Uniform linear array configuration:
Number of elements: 4
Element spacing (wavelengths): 0.75
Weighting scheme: cosine
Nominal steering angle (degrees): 45
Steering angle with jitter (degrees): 45.962
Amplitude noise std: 0.05
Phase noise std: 0.05

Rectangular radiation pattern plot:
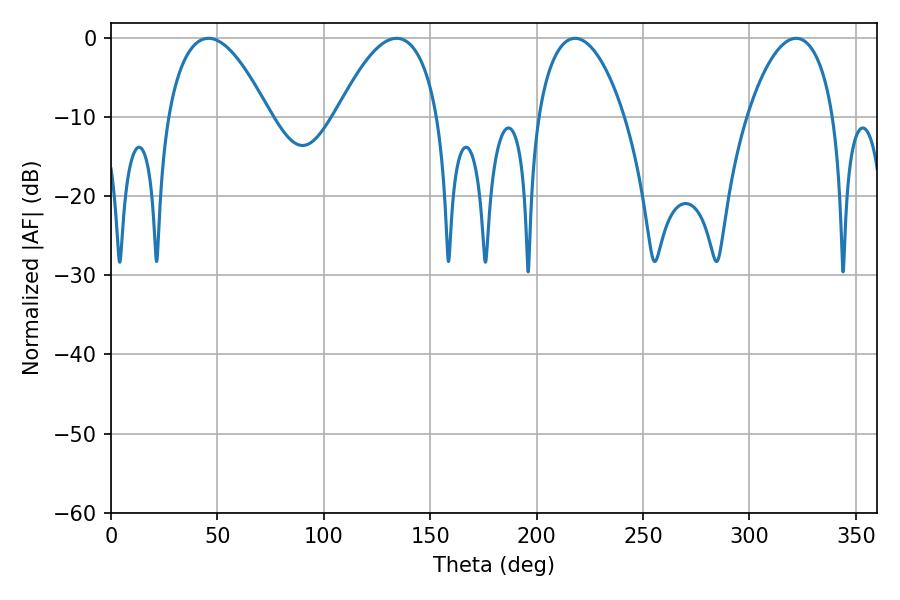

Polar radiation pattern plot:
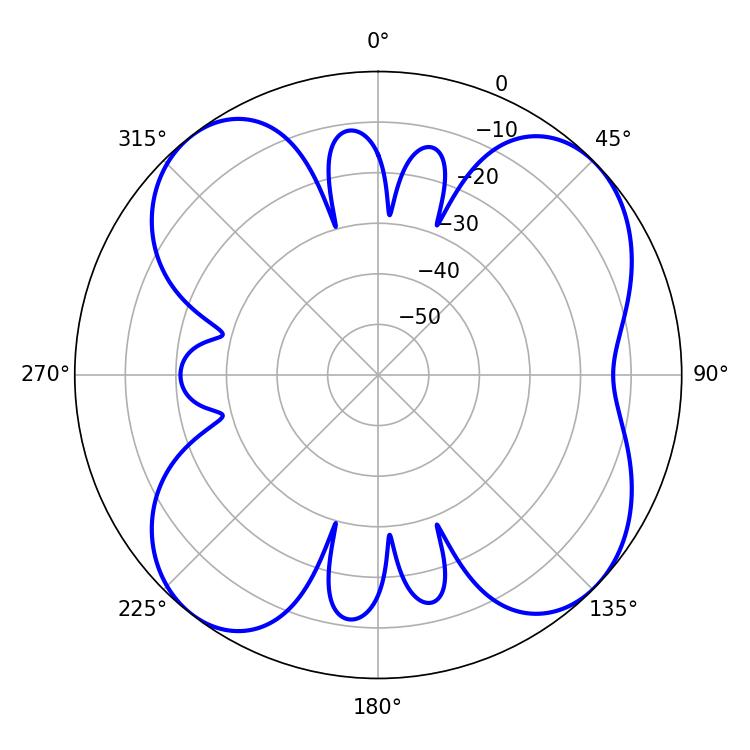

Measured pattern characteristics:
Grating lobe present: TRUE
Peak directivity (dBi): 9.794
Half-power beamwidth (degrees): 26.46
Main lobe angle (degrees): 45.72